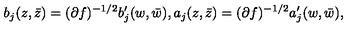
b _ { j } ( z , \bar { z } ) = ( \partial f ) ^ { - 1 / 2 } b _ { j } ^ { \prime } ( w , \bar { w } ) , a _ { j } ( z , \bar { z } ) = ( \partial f ) ^ { - 1 / 2 } a _ { j } ^ { \prime } ( w , \bar { w } ) ,